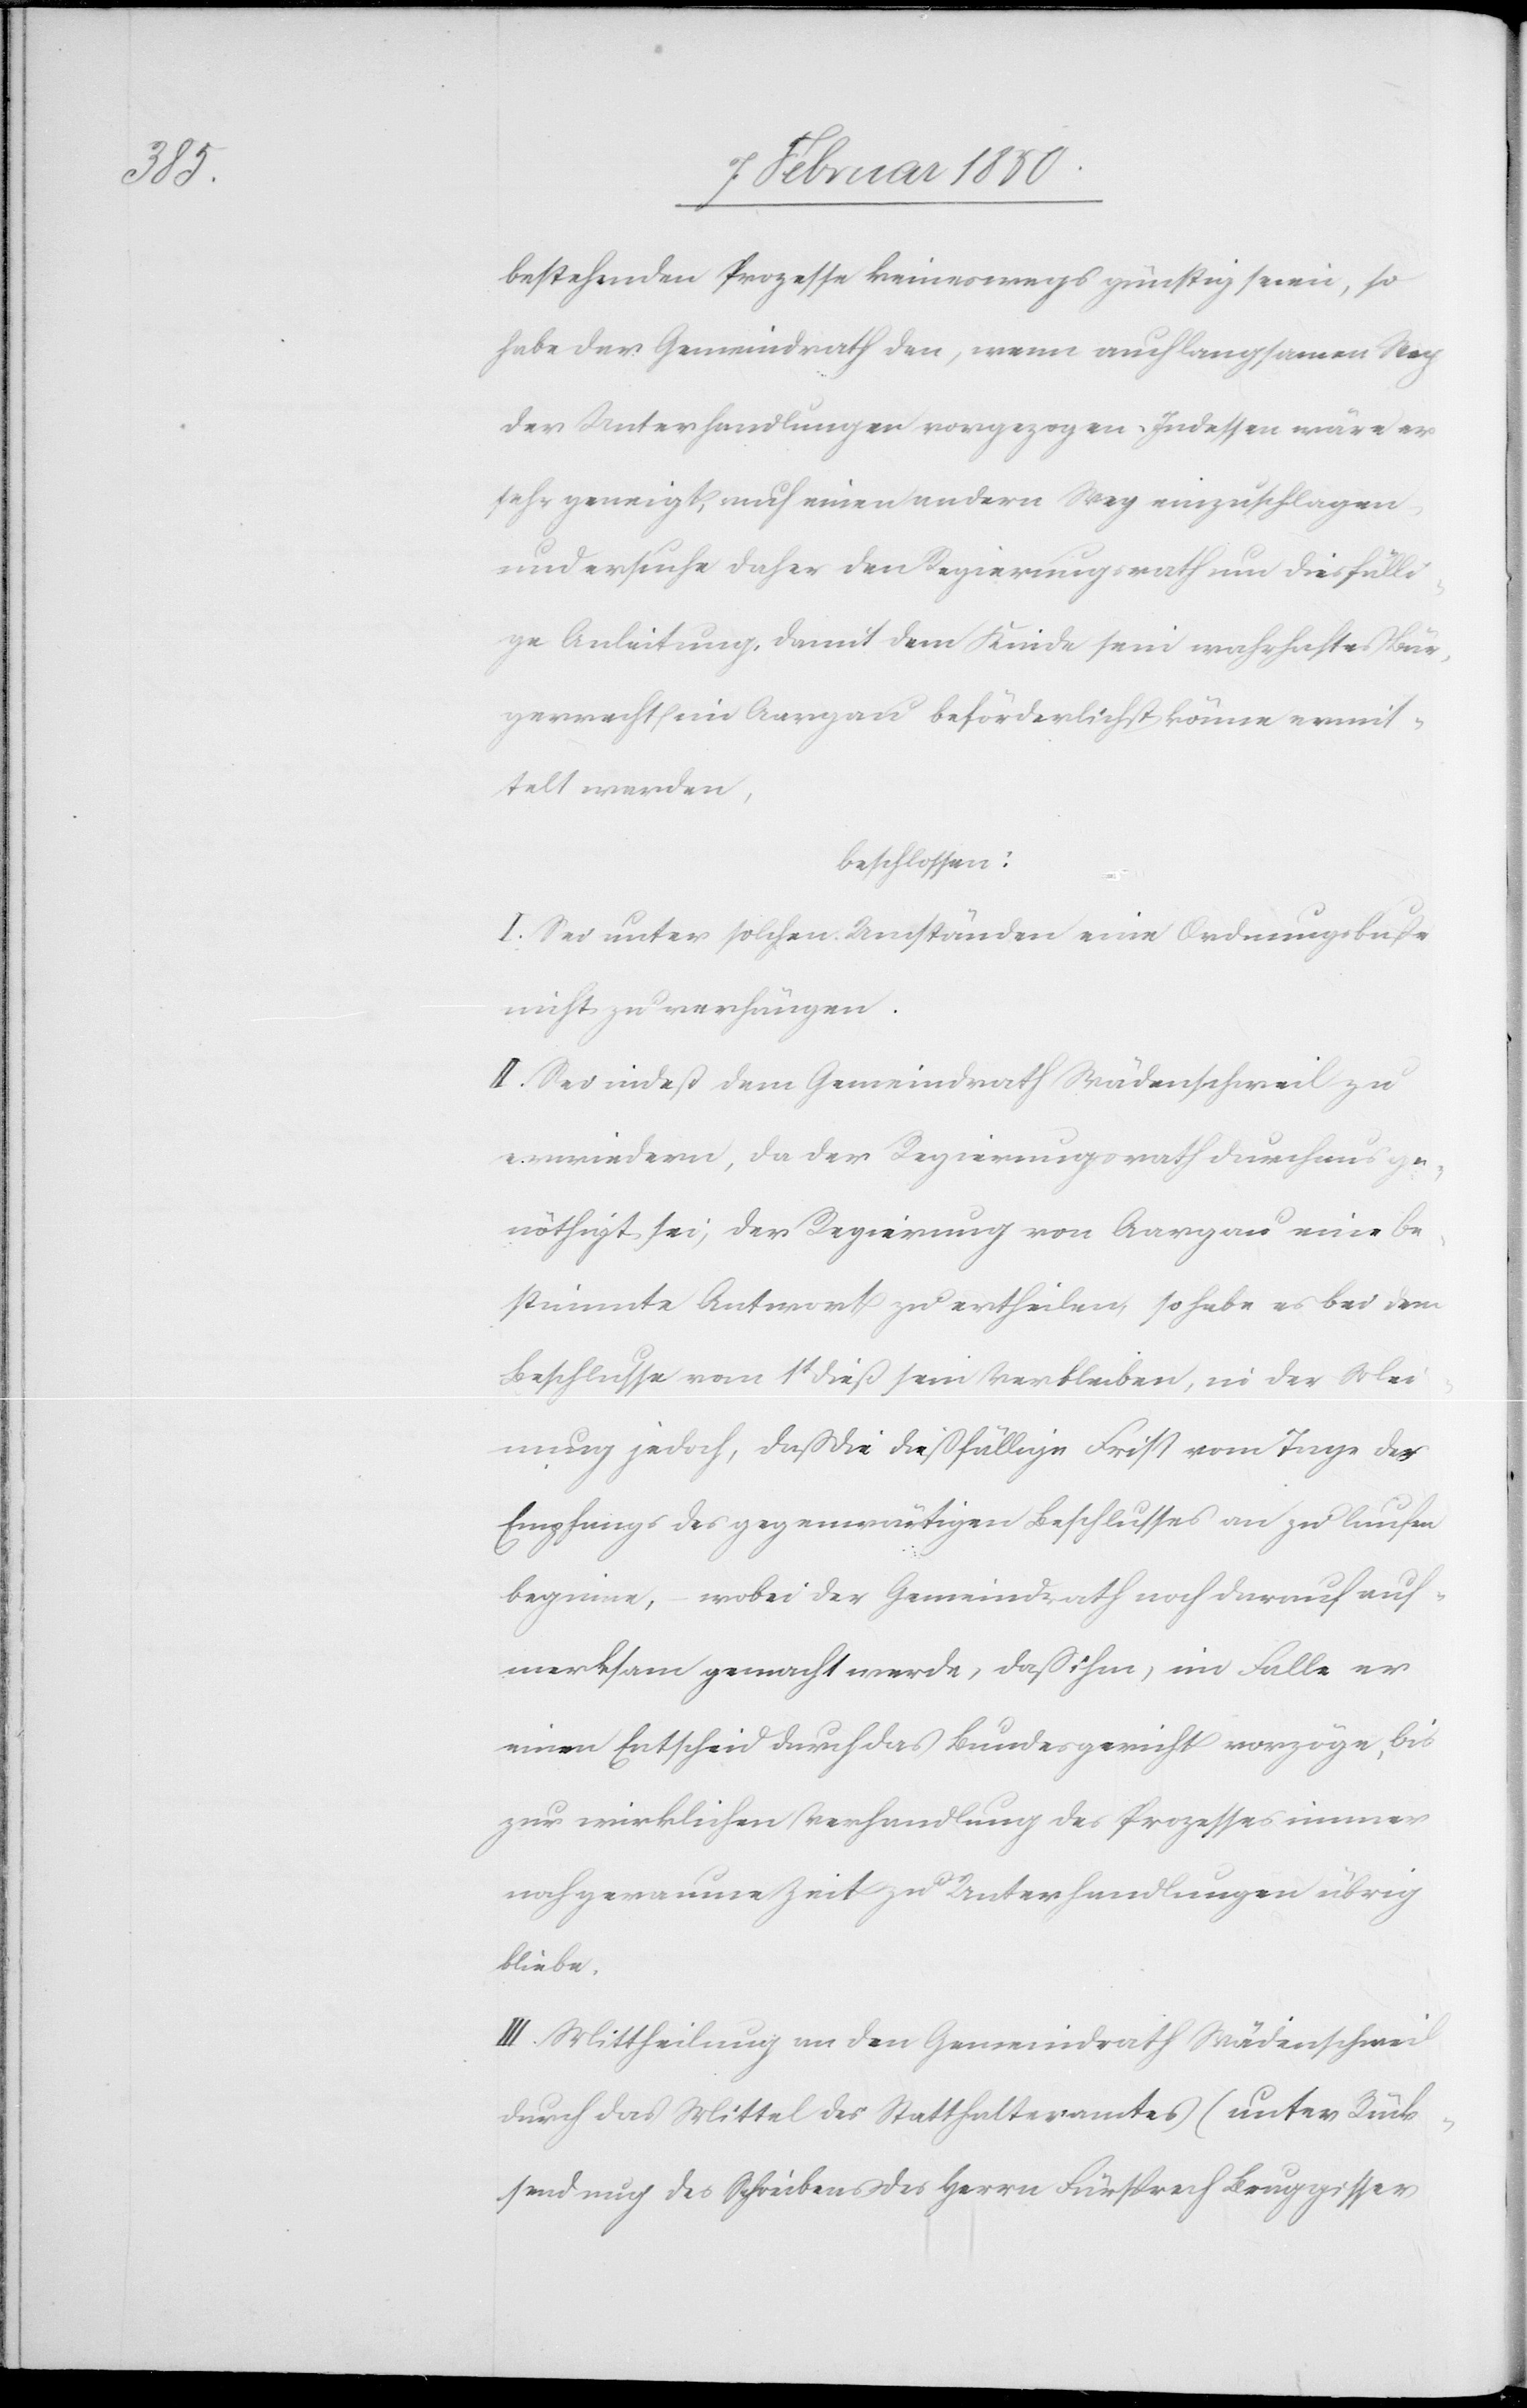
bestehenden Prozesse keineswegs günstig seien, so
habe der Gemeindrath den, wenn auch langsamen Weg
der Unterhandlungen vorgezogen. Indessen wäre er
sehr geneigt, auch einen andern Weg einzuschlagen
und ersuche daher den Regierungsrath um diesfälli¬
ge Anleitung, damit dem Kinde sein wahrhaftes Bür¬
gerrecht im Aargau beförderlichst könne ermit¬
telt werden,
beschlossen:
I. Sei unter solchen Umständen eine Ordnungsbuße
nicht zu verhängen.
II. Sei indeß dem Gemeindrath Wädenschweil zu
erwiedern, da der Regierungsrath durchaus ge¬
nöthigt sei, der Regierung von Aargau eine be¬
stimmte Antwort zu ertheilen, so habe es bei dem
Beschlusse vom 1t dieß sein Verbleiben, in der Mei¬
nung jedoch, daß die dießfällige Frist vom Tage des
Empfangs des gegenwärtigen Beschlusses an zu laufen
beginne, wobei der Gemeindrath noch darauf auf¬
merksam gemacht werde, daß ihm, im Falle er
einen Entscheid durch das Bundesgericht vorzöge, bis
zur wirklichen Verhandlung des Prozesses immer
noch geraume Zeit zu Unterhandlungen übrig
bliebe.
III. Mittheilung an den Gemeindrath Wädenschweil
durch das Mittel des Statthalteramtes (unter Rück¬
sendung des Schreibens des Herrn Fürsprech Bruggisser